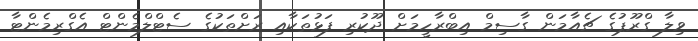
ވިލާ ގްރޫޕުގެ ޗެއާމަން ގާސިމް އިބްރާހީމަށް ދޫކުރި ފަޅުތަކާއި ރަށްތަކުގެ ސެޓްލްމެންޓް އެގްރިމެންޓާ